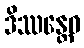
ဒိဿန္တေဝ